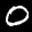
Label: 0